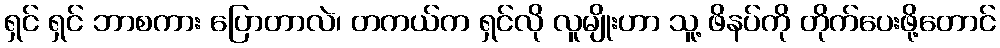
ရှင် ရှင် ဘာစကား ပြောတာလဲ၊ တကယ်က ရှင်လို လူမျိုးဟာ သူ့ ဖိနပ်ကို တိုက်ပေးဖို့တောင်